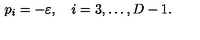
p _ { i } = - \varepsilon , \quad i = 3 , \ldots , D - 1 .